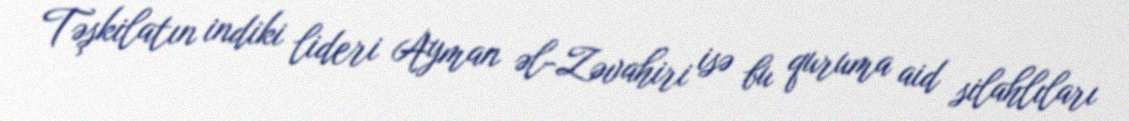
Təşkilatın indiki lideri Ayman əl-Zəvahiri isə bu quruma aid silahlıları